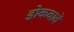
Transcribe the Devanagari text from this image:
डोकवावे